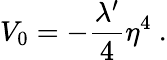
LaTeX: V_{0}=-{\frac{\lambda^{\prime}}{4}}\eta^{4}\ .